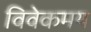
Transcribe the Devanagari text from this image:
विवेकमय